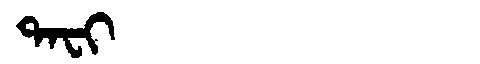
Manchu: ᡨᠠᠸᡳ
Romanization: TAFI